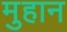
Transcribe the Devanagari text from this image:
मुहान